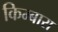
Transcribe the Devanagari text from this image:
किम्बारा